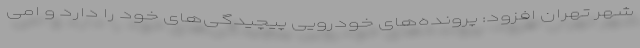
شهر تهران افزود: پرونده‌های خودرویی پیچیدگی‌های خود را دارد و امی